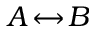
A \! \leftrightarrow \! B